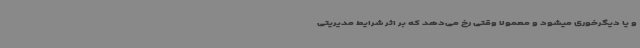
و یا دیگرخوری میشود و معمولا وقتی رخ می‌دهد که بر اثر شرایط مدیریتی